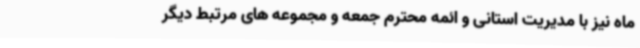
ماه نیز با مدیریت استانی و ائمه محترم جمعه و مجموعه های مرتبط دیگر